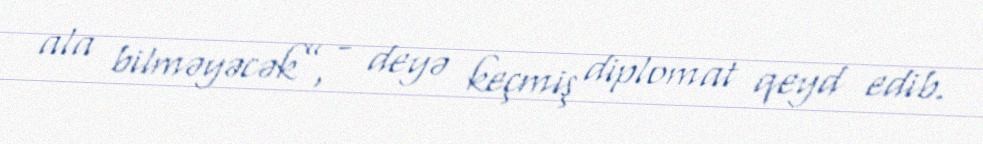
ala bilməyəcək”, - deyə keçmiş diplomat qeyd edib.